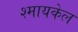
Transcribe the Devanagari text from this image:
श्मायकेल